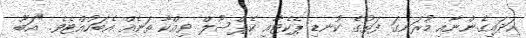
ހަދައިގެންނާއި މުރަނގަ ފަތުގެ ކުނޑި ޕެކެޓާއި ކެޕްސޫލް ވިއްކާ ތަނެއް އެބަހުއްޓެވެ. "އަބޫ